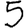
Digit: 5